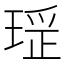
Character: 𤧏